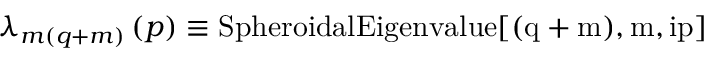
\lambda _ { m ( q + m ) } \left( p \right) \equiv \mathrm { { S p h e r o i d a l E i g e n v a l u e } [ ( q + m ) , m , i p ] }